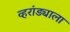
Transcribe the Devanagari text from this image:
व्हरांड्याला